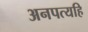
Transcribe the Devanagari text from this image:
अनपत्यहि